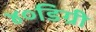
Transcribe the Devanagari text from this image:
४०डिग्री